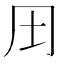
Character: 𱖆